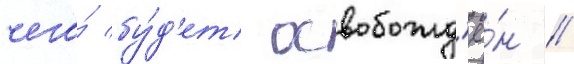
чего́ бу́д'ет освобожд'ё́н //